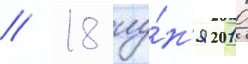
/ 18 иу́н'я 2010